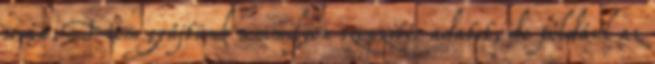
során. Nem gyűjtünk semmilyen szenzitív adatot, de például az